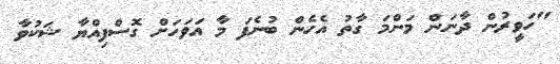
"ހަވީރުން ދާނަން މަންމަ ގާތު އެހެން ބުނެފަ މާ އަވަހަށް ގޮސްފިއްޔާ ޝަކުވާ